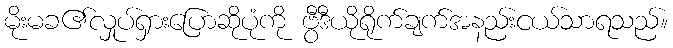
မိုးမခ၏လှုပ်ရှားပြောဆိုပုံကို ဗွီဒီယိုရိုက်ချက်အနည်းငယ်သာရသည်။